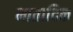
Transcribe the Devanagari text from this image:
मातादिक